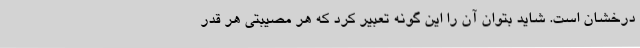
درخشان است. شاید بتوان آن را این گونه تعبیر کرد که هر مصیبتی هر قدر